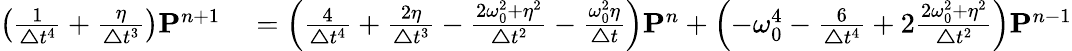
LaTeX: \begin{array}{rl}{\left(\frac{1}{\boldsymbol{\triangle}t^{4}}+\frac{\eta}{\boldsymbol{\triangle}t^{3}}\right)\boldsymbol{\mathbf{P}}^{n+1}}&{{}=\left(\frac{4}{\boldsymbol{\triangle}t^{4}}+\frac{2\eta}{\boldsymbol{\triangle}t^{3}}-\frac{2\omega_{0}^{2}+\eta^{2}}{\boldsymbol{\triangle}t^{2}}-\frac{\omega_{0}^{2}\eta}{\boldsymbol{\triangle}t}\right)\boldsymbol{\mathbf{P}}^{n}+\left(-\omega_{0}^{4}-\frac{6}{\boldsymbol{\triangle}t^{4}}+2\frac{2\omega_{0}^{2}+\eta^{2}}{\boldsymbol{\triangle}t^{2}}\right)\boldsymbol{\mathbf{P}}^{n-1}}\end{array}